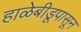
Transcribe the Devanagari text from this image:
हाळेबीडूपासून